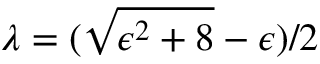
\lambda = ( \sqrt { \epsilon ^ { 2 } + 8 } - \epsilon ) / 2